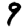
Digit: 9